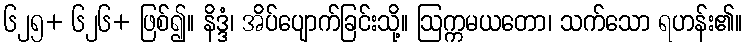
၆၂၅+ ၆၂၆+ ဖြစ်၍။ နိဒ္ဒံ၊ အိပ်ပျောက်ခြင်းသို့။ ဩက္ကမယတော၊ သက်သော ရဟန်း၏။